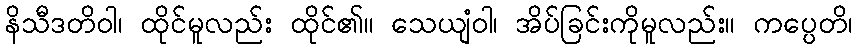
နိသီဒတိဝါ၊ ထိုင်မူလည်း ထိုင်၏။ သေယျံဝါ၊ အိပ်ခြင်းကိုမူလည်း။ ကပ္ပေတိ၊